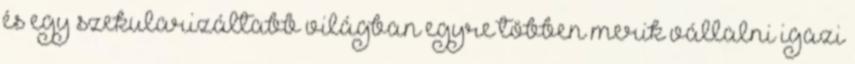
és egy szekularizáltabb világban egyre többen merik vállalni igazi